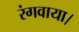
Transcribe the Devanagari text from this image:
रंगवाया।